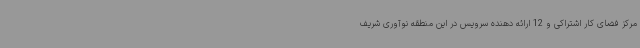
مرکز فضای کار اشتراکی و 12 ارائه دهنده سرویس در این منطقه نوآوری شریف